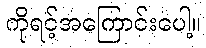
ကိုရင့်အကြောင်းပေါ့။